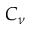
C _ { \nu }